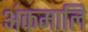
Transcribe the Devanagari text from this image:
अंकमालि